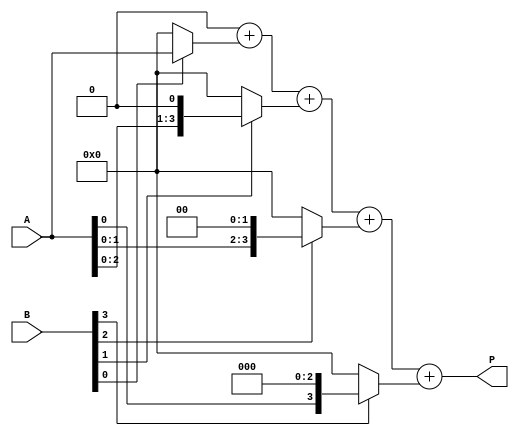
module radix2_multiplier #(parameter N = 4) (
    input  wire [N-1:0] A,  // Multiplicand
    input  wire [N-1:0] B,  // Multiplier
    output reg [2*N-1:0] P  // Product
);

    reg [N-1:0] partial_products [0:N-1]; // Array to hold partial products
    integer i;

    always @(*) begin
        // Initialize product to zero
        P = 0;

        // Generate partial products
        for (i = 0; i < N; i = i + 1) begin
            if (B[i]) begin
                partial_products[i] = A << i; // Shift A by i if B[i] is 1
            end else begin
                partial_products[i] = 0; // Zero if B[i] is 0
            end
        end

        // Sum the partial products
        for (i = 0; i < N; i = i + 1) begin
            P = P + partial_products[i];
        end
    end

endmodule